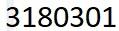
3180301